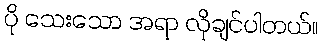
ပို သေးသော အရာ လိုချင်ပါတယ်။